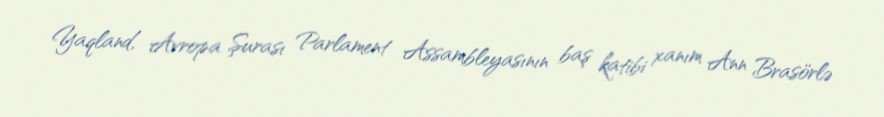
Yaqland, Avropa Şurası Parlament Assambleyasının baş katibi xanım Ann Brasörlə